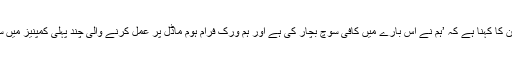
کمپنی ترجمان کا کہنا ہے کہ ’ہم نے اس بارے میں کافی سوچ بچار کی ہے اور ہم ورک فرام ہوم ماڈل پر عمل کرنے والی چند پہلی کمپنیز میں سے ایک ہیں۔